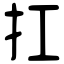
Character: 扛